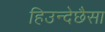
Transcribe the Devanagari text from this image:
हिउन्देछैसा